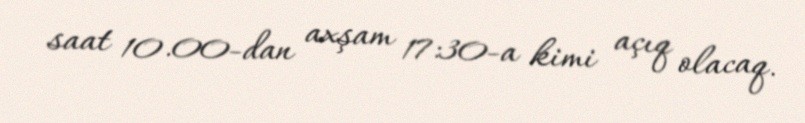
saat 10.00-dan axşam 17:30-a kimi açıq olacaq.